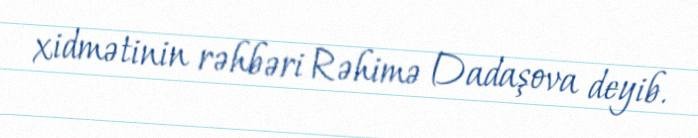
xidmətinin rəhbəri Rəhimə Dadaşova deyib.